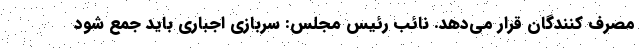
مصرف کنندگان قرار می‌دهد. نائب رئیس مجلس: سربازی اجباری باید جمع شود